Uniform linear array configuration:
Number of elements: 8
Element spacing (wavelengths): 0.75
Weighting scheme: exponential
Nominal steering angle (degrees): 0
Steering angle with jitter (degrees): -1.506
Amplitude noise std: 0.05
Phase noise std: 0.05

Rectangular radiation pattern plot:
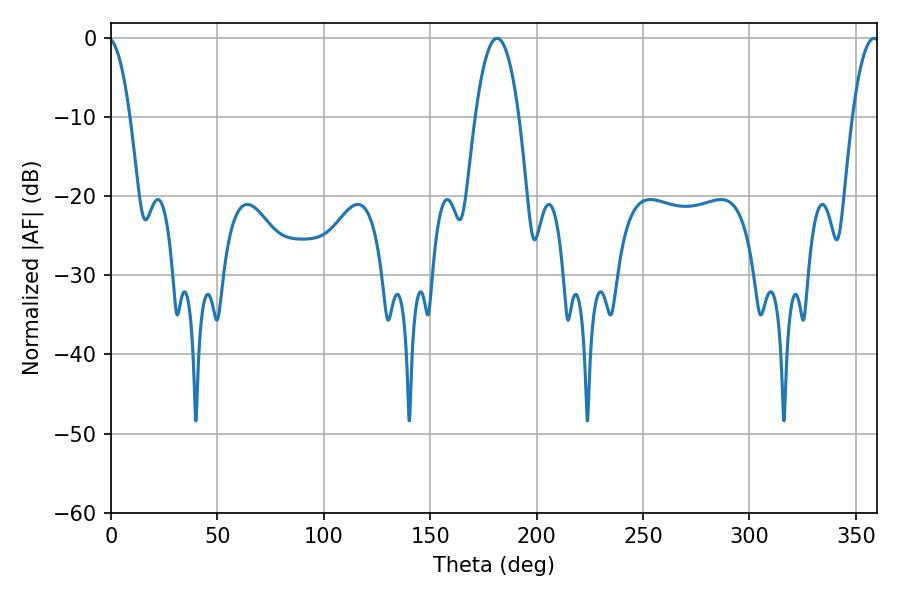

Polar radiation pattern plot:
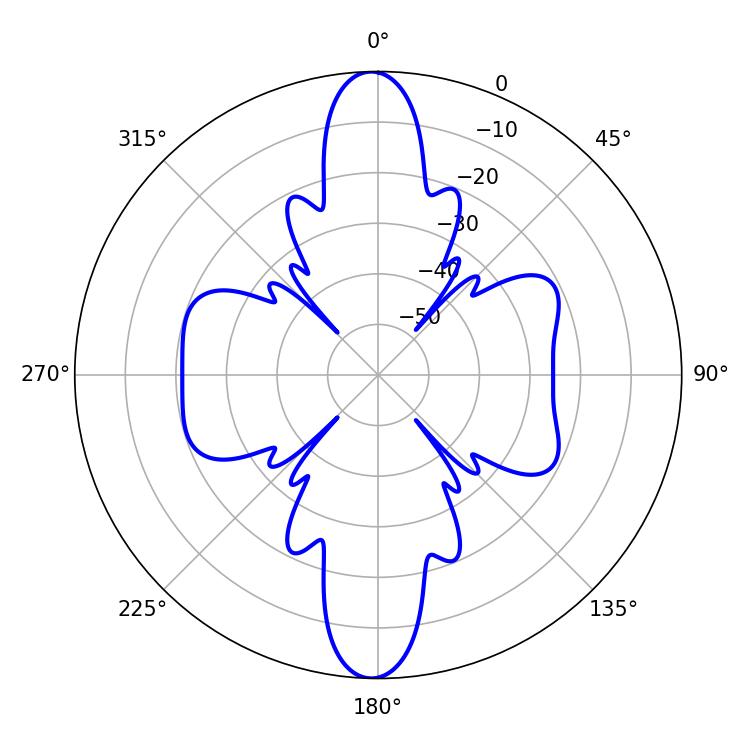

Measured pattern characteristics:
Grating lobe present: TRUE
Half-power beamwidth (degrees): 11.52
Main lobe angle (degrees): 181.44